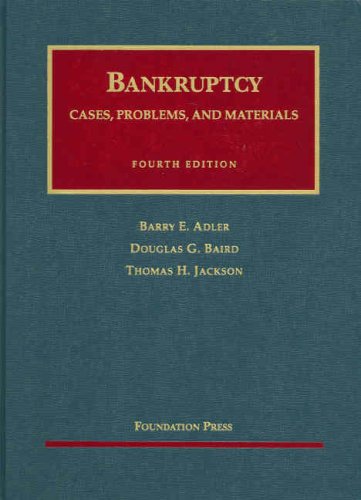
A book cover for Bankruptcy (University Casebook Series); Barry Adler; Law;